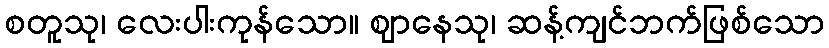
စတူသု၊ လေးပါးကုန်သော။ ဈာနေသု၊ ဆန့်ကျင်ဘက်ဖြစ်သော